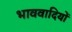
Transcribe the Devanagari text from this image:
भाववादियों